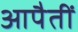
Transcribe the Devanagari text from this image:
आपैतीं